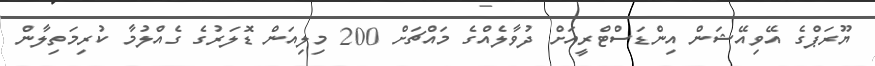
ޔޫރަޕްގެ އޭވިއޭޝަން އިންޑަސްޓްރީއަށް ދުވާލެއްގެ މައްޗަށް 200 މިލިއަން ޑޮލަރުގެ ގެއްލުމާ ކުރިމަތިލާން